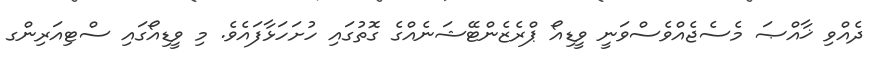
ދެއްވި ޚާއްޞަ މެސެޖެއްވެސްވަނީ ވީޑިއޯ ޕްރެޒެންޓޭޝަނެއްގެ ގޮތުގައި ހުށަހަޅާފައެވެ. މި ވީޑިއޯގައި ސްޓިއަރިންގ